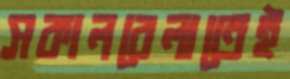
সকালবেলাতেই